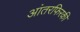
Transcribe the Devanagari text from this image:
आंतरफिरकी